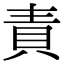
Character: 責